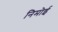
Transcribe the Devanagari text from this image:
निमोई